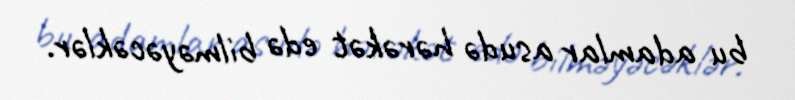
bu adamlar asudə hərəkət edə bilməyəcəklər.